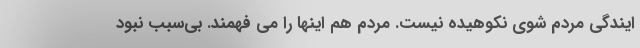
ایندگی مردم شوی نکوهیده نیست. مردم هم اینها را می فهمند. بی‌سبب نبود